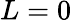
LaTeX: L=0